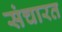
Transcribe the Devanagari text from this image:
संचारत